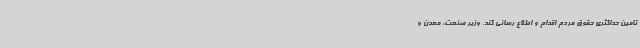
تامین حداکثری حقوق مردم اقدام و اطلاع رسانی کند. وزیر صنعت، معدن و